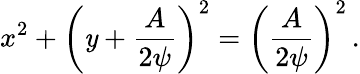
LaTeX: x^{2}+\left(\mathit{y}+{\frac{{A}}{{2\psi}}}\right)^{2}=\left({\frac{{A}}{{2\psi}}}\right)^{2}\, .